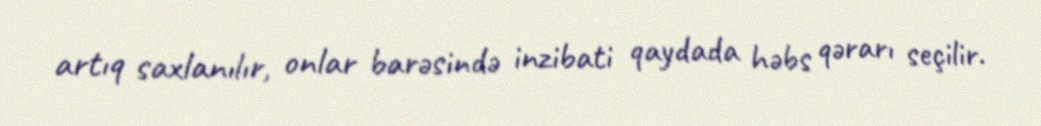
artıq saxlanılır, onlar barəsində inzibati qaydada həbs qərarı seçilir.